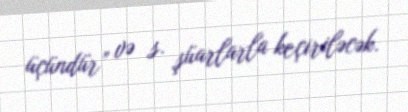
üçündür” və s. şüarlarla keçiriləcək.